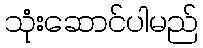
သုံးဆောင်ပါမည်